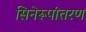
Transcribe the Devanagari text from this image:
सिनेरूपांतरण